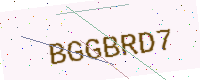
Text: BGGBRD7